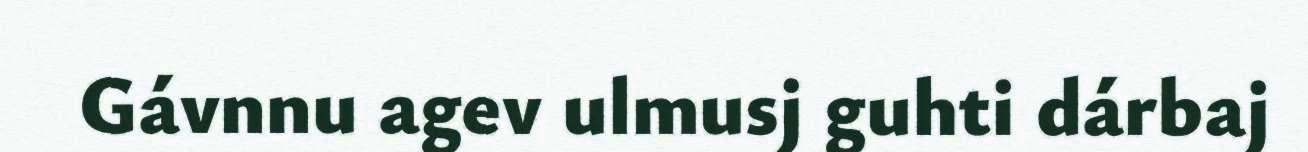
Gávnnu agev ulmusj guhti dárbaj